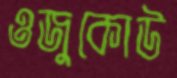
ওজুকোউ